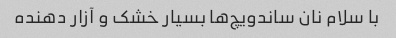
با سلام نان ساندویچ‌ها بسیار خشک و آزار دهنده